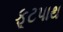
ફૂટપાથ